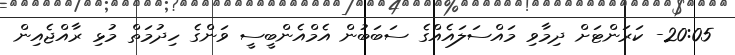
20:05- ކަރަންޓަށް ދިމާވި މައްސަލައެއްގެ ސަބަބުން އެމްއެންބީސީ ވަންގެ ހިދުމަތް މުޅި ރާއްޖެއިން